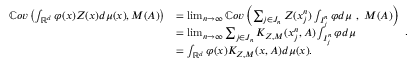
\begin{array} { r l } { \mathbb { C } o v \left( \int _ { \mathbb { R } ^ { d } } \varphi ( x ) Z ( x ) d \mu ( x ) , M ( A ) \right) } & { = \operatorname* { l i m } _ { n \to \infty } \mathbb { C } o v \left( \sum _ { j \in J _ { n } } Z ( x _ { j } ^ { n } ) \int _ { I _ { j } ^ { n } } \varphi d \mu \ , \ M ( A ) \right) } \\ & { = \operatorname* { l i m } _ { n \to \infty } \sum _ { j \in J _ { n } } K _ { Z , M } ( x _ { j } ^ { n } , A ) \int _ { I _ { j } ^ { n } } \varphi d \mu } \\ & { = \int _ { \mathbb { R } ^ { d } } \varphi ( x ) K _ { Z , M } ( x , A ) d \mu ( x ) . } \end{array} .